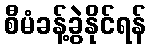
စီမံခန့်ခွဲနိုင်ရန်